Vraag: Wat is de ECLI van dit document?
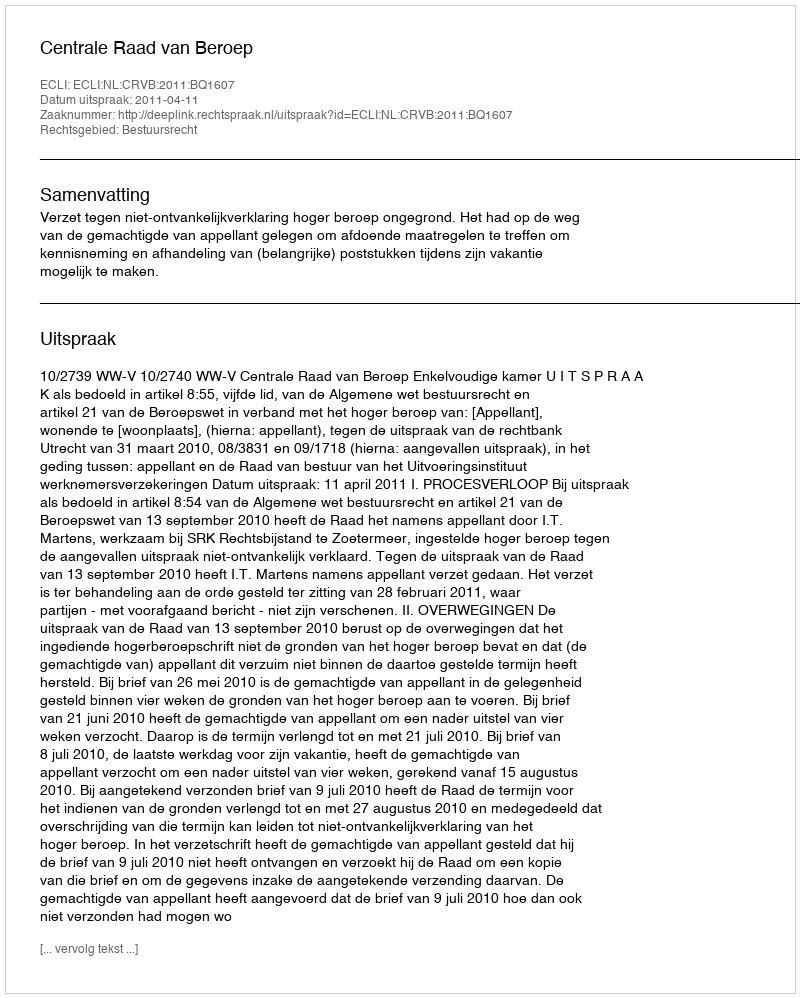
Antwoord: ECLI:NL:CRVB:2011:BQ1607